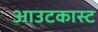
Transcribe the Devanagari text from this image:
आउटकास्ट